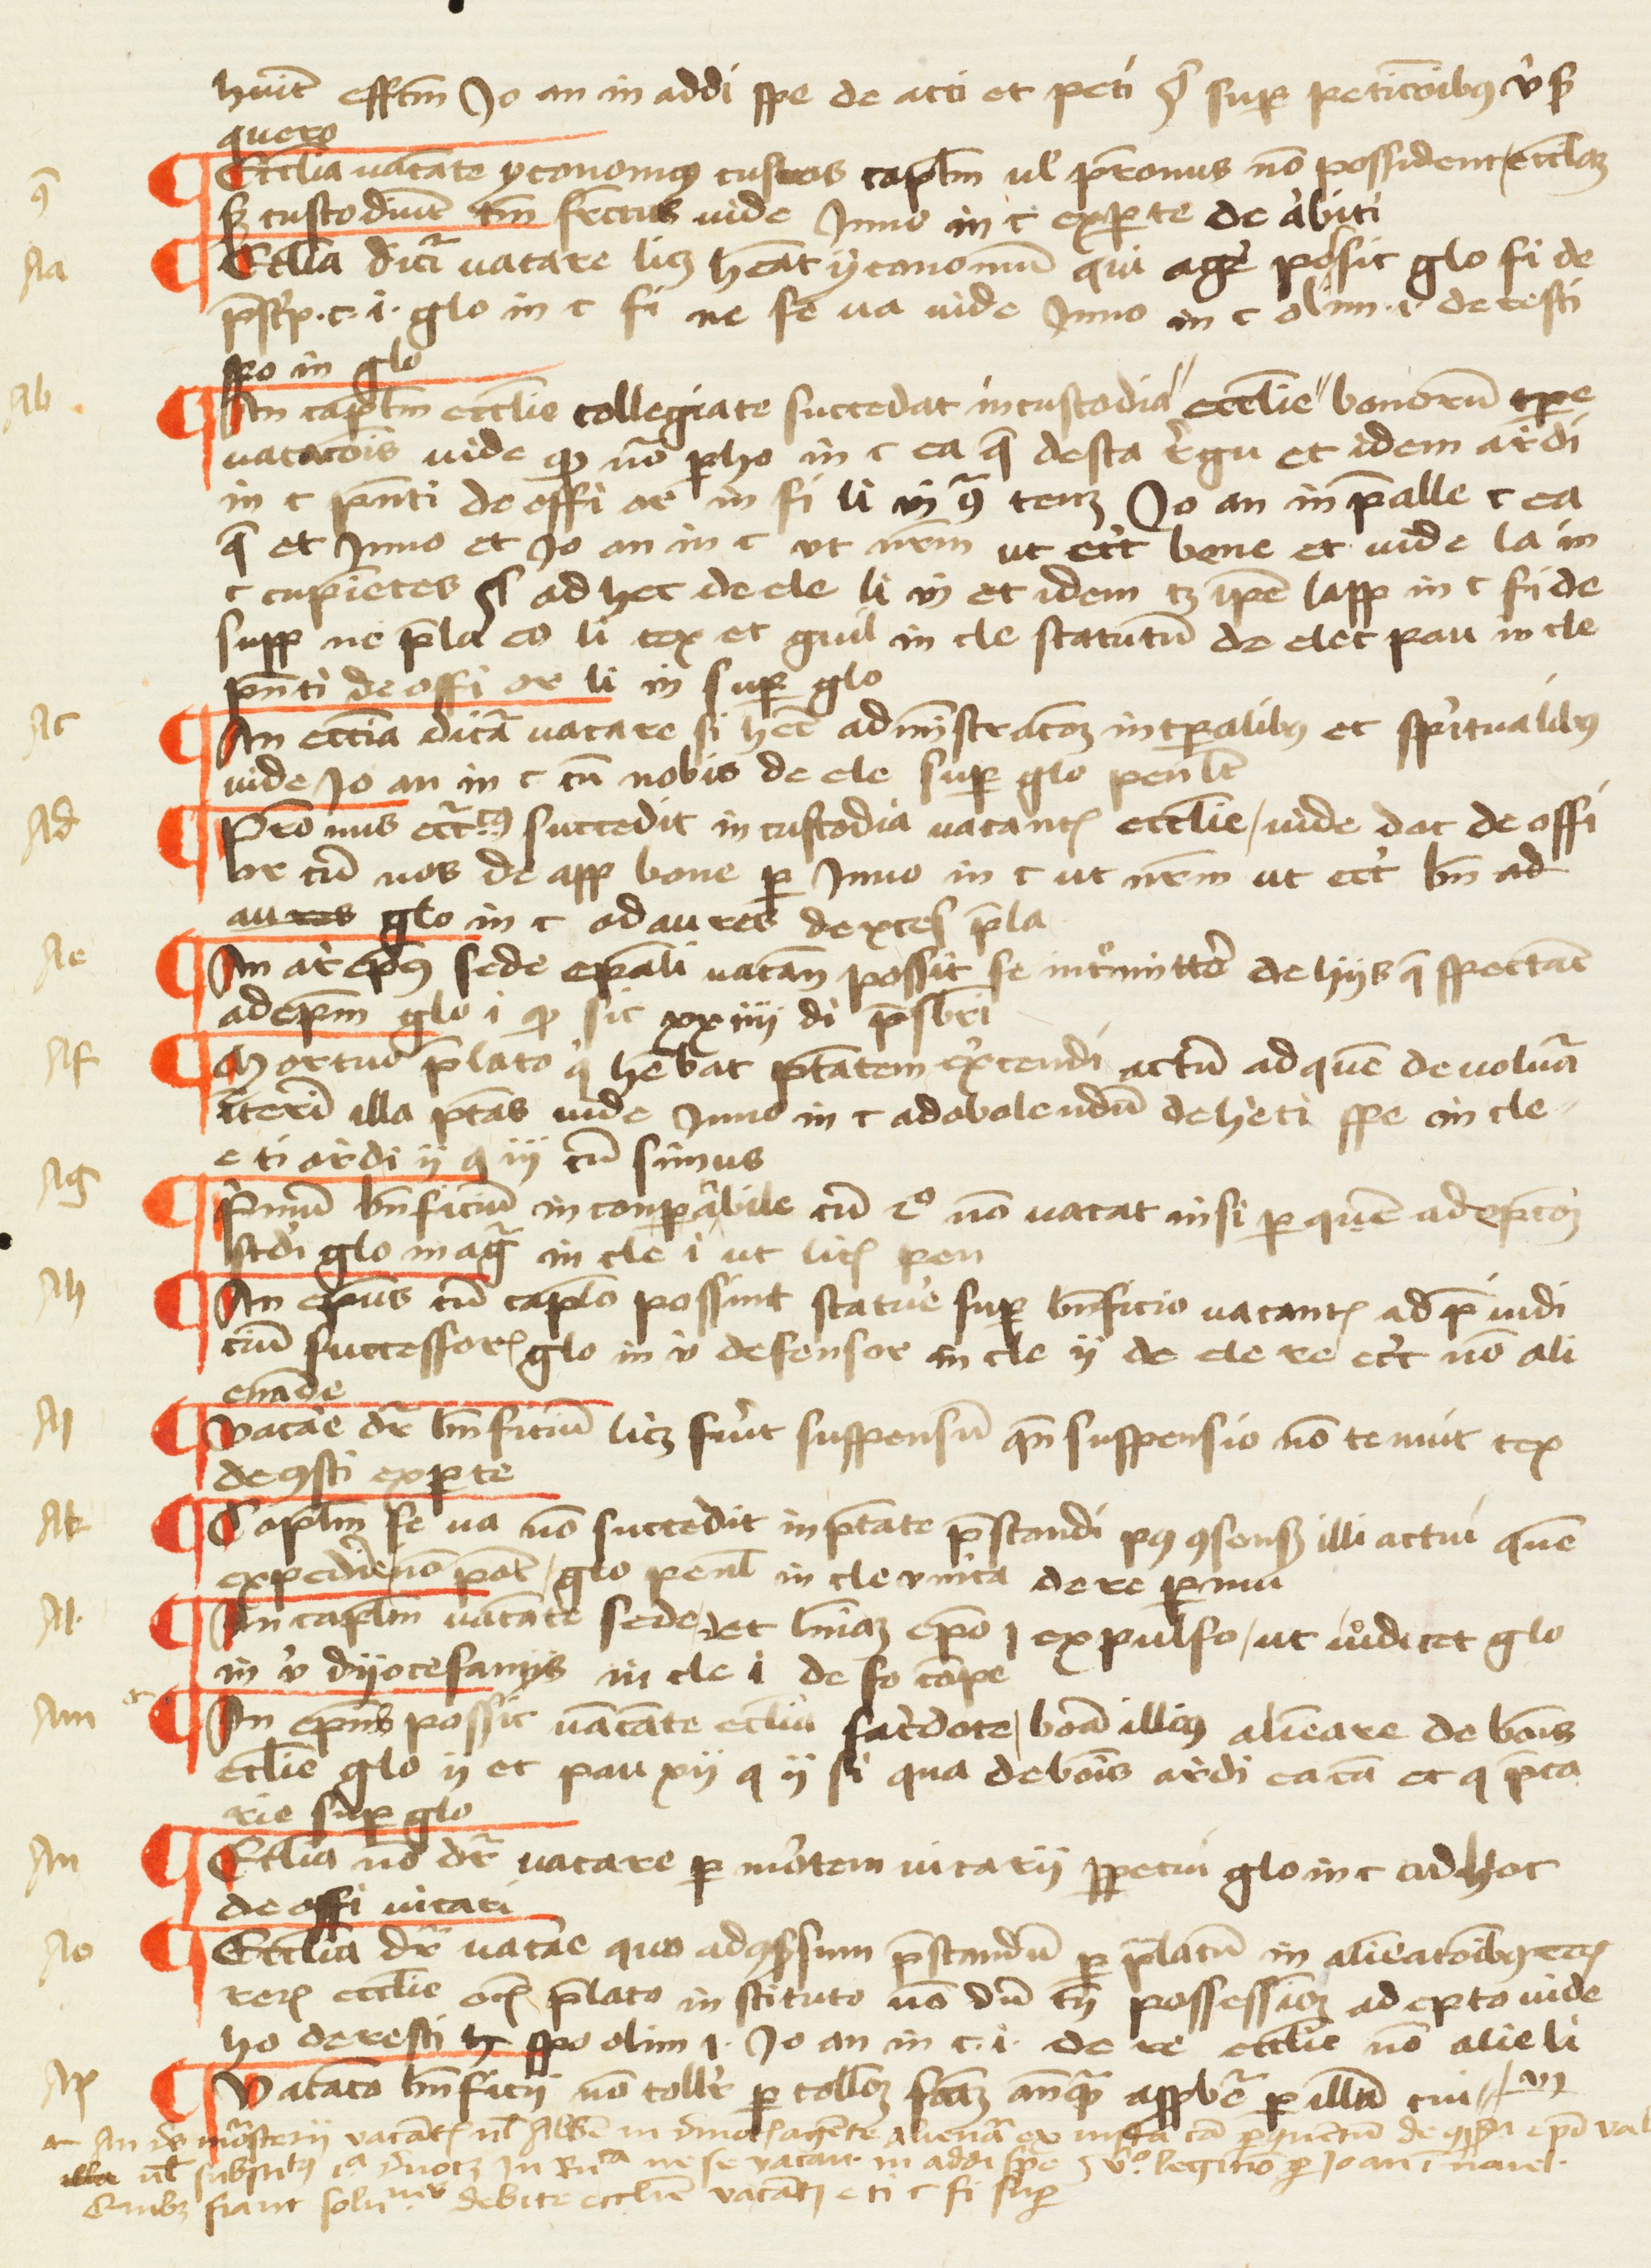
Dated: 1457–1457